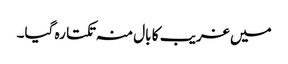
میں غریب کا بال منہ تکتا رہ گیا۔